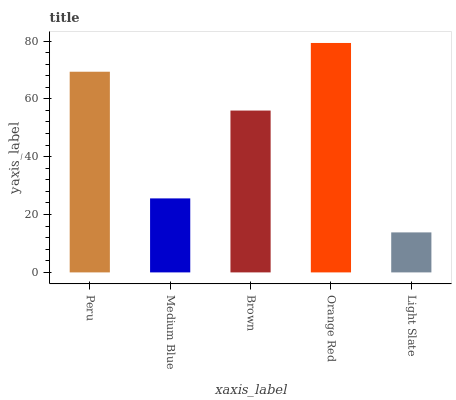
| xaxis_label | bars |
 | --- | --- |
 | Peru | 69.4 |
 | Medium Blue | 25.6 |
 | Brown | 56 |
 | Orange Red | 79.3 |
 | Light Slate | 13.8 |